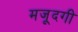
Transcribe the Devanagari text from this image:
मजूदगी